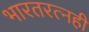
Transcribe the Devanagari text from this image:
भारतरत्नही